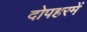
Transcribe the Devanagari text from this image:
दोपहरमें